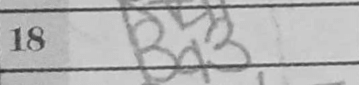
Transcription: Bd3